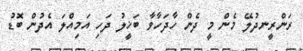
ރަންރީނދުލޭ މެން މީ ދެން ހާދަހާވާ ބަޚީލު ދަހި އަމިއްލަ އެދުން ބޮޑު